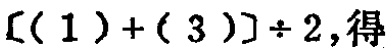
$[(1)+(3)]\div 2,$得